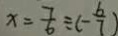
x = \frac { 7 } { 6 } \div ( - \frac { 6 } { 7 } )